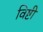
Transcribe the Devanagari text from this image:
विष्टी